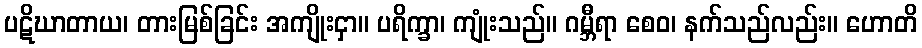
ပဋိဃာတာယ၊ တားမြစ်ခြင်း အကျိုးငှာ။ ပရိက္ခာ၊ ကျုံးသည်။ ဂမ္ဘီရာ စေဝ၊ နက်သည်လည်း။ ဟောတိ